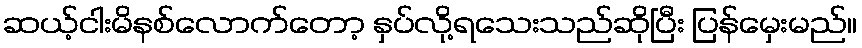
ဆယ့်ငါးမိနစ်လောက်တော့ နှပ်လို့ရသေးသည်ဆိုပြီး ပြန်မှေးမည်။